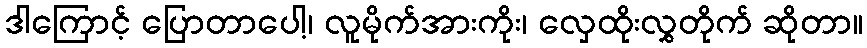
ဒါကြောင့် ပြောတာပေါ့၊ လူမိုက်အားကိုး၊ လှေထိုးလွှတိုက် ဆိုတာ။